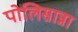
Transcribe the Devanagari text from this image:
पोलिसान्ना